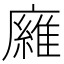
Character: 𢋘